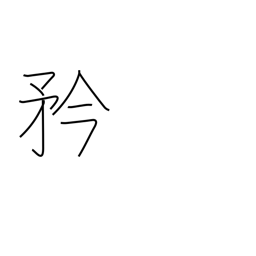
Meaning: pride